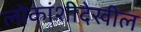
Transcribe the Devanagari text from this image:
लोकांशीदेखील